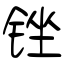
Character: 锉